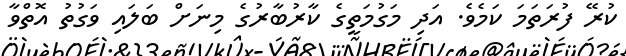
ކުރޭ ފުރަތަމަ ކަމެވެ. އަދި މަގުމަތީގެ ކާރުބާރުގެ މިނަށް ބަލައި ވަގުތު އޮތްވާ